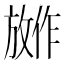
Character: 𪯕